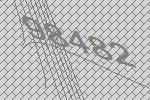
98482